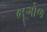
ભૂગોળ